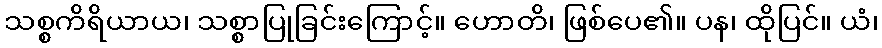
သစ္စကိရိယာယ၊ သစ္စာပြုခြင်းကြောင့်။ ဟောတိ၊ ဖြစ်ပေ၏။ ပန၊ ထိုပြင်။ ယံ၊